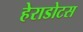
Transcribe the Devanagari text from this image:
हेराडोटस